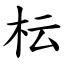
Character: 枟